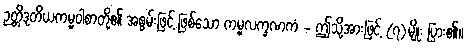
ဉတ္တိဒုတိယကမ္မဝါစာတို့၏ အစွမ်းဖြင့် ဖြစ်သော ကမ္မလက္ခဏကံ - ဤသို့အားဖြင့် (၇)မျိုး ပြား၏။